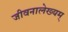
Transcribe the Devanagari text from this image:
जीवनालेख्यम्